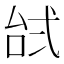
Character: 𱎔